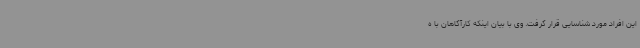
این افراد مورد شناسایی قرار گرفت. وی با بیان اینکه کارآگاهان با ه